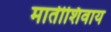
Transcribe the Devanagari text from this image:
मातीशिवाय